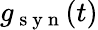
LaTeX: g_{\mathrm{~s~y~n~}}(t)